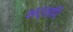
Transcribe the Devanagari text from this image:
भर्तापि